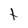
Character: t